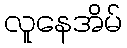
လူနေအိမ်